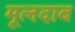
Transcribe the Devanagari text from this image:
मूलदाब